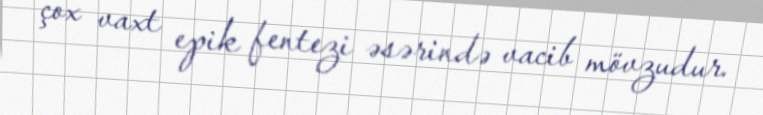
çox vaxt epik fentezi əsərində vacib mövzudur.